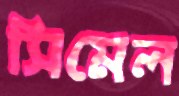
সিমেল